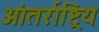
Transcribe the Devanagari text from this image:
आंतर्राष्ट्रिय